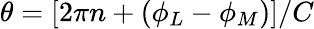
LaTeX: \theta=\left[2\pi n+(\phi_{L}-\phi_{M})\right]/C